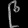
Digit: ၉